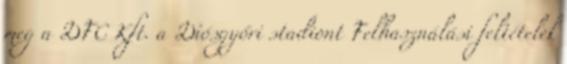
meg a DFC Kft. a Diósgyőri stadiont Felhasználási feltételek